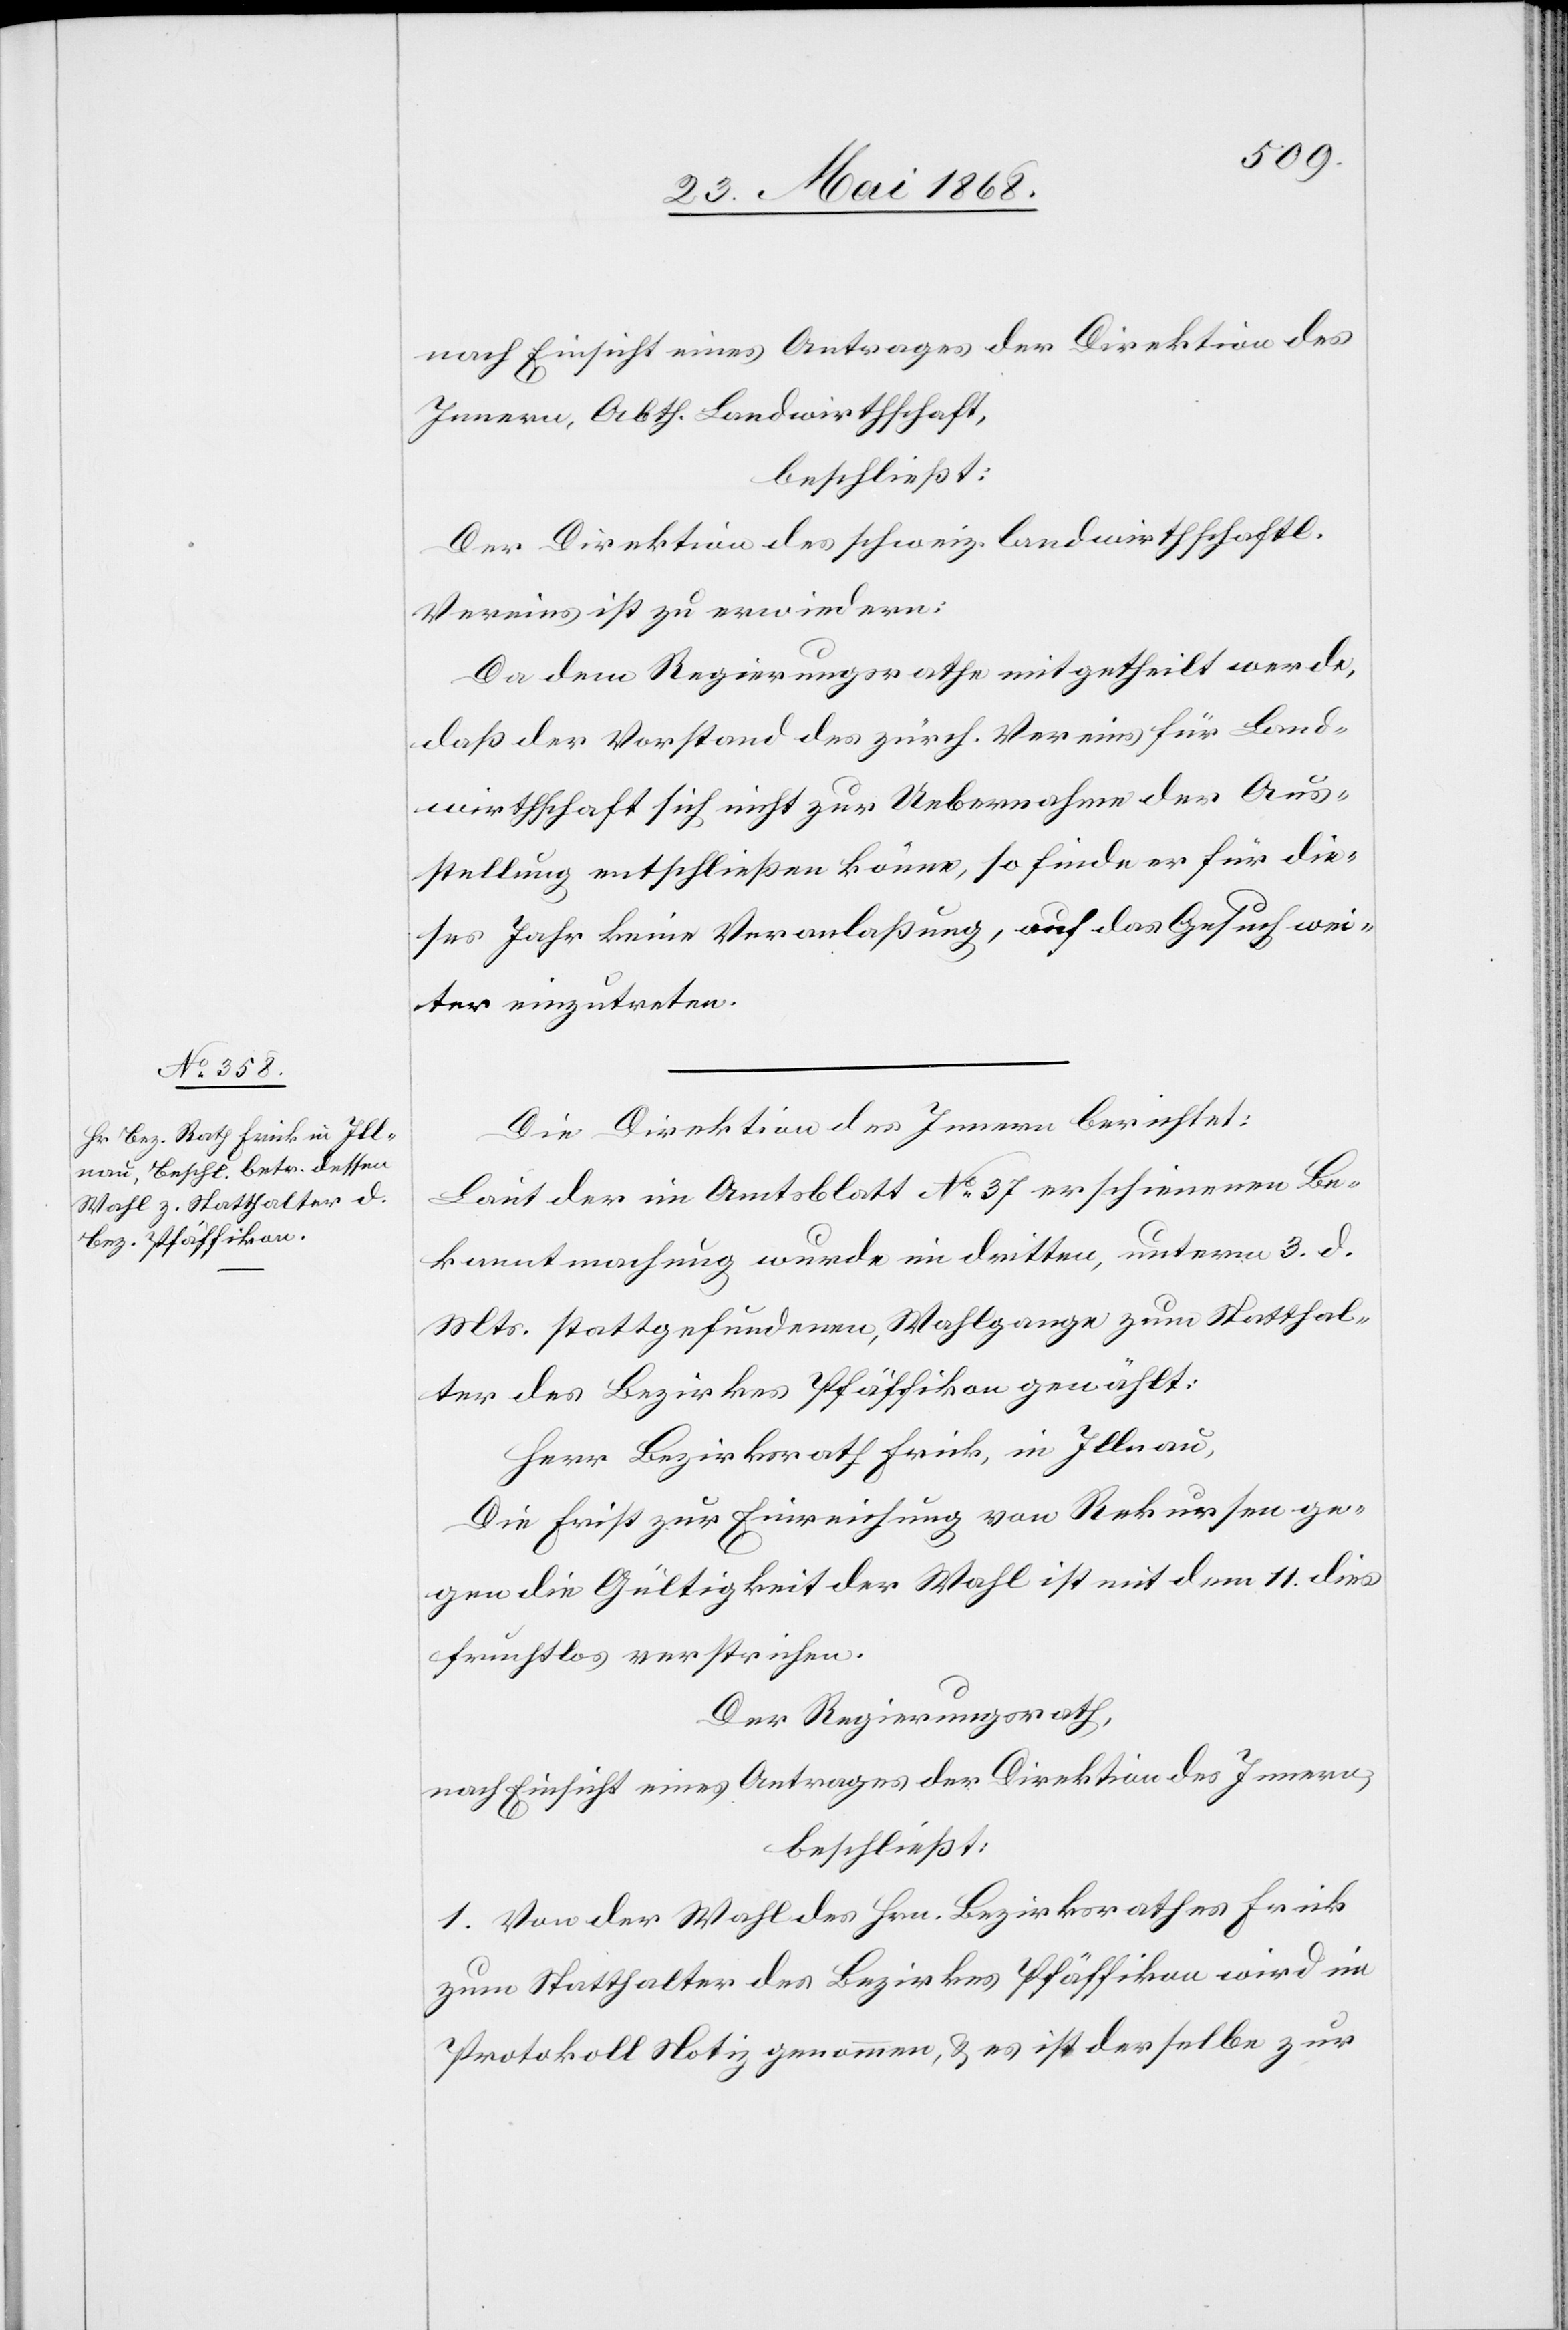
nach Einsicht eines Antrages der Direktion des
Innern, Abth. Landwirthschaft,
beschließt:
Der Direktion des schweiz. landwirthschaftl.
Vereins ist zu erwiedern:
Da dem Regierungsrathe mitgetheilt werde,
daß der Vorstand des zürch. Vereins für Land¬
wirthschaft sich nicht zur Uebernahme der Aus¬
stellung entschließen könne, so finde er für die¬
ses Jahr keine Veranlaßung, auf das Gesuch wei¬
ter einzutreten.
Die Direktion des Innern berichtet:
Laut der im Amtsblatt No. 37 erschienenen Be¬
kanntmachung wurde im dritten, unterm 3. d.
Mts. stattgefundenen, Wahlgange zum Statthal¬
ter des Bezirkes Pfäffikon gewählt:
Herr Bezirksrath Frick, in Illnau,
Die Frist zur Einreichung von Rekursen ge¬
gen die Gültigkeit der Wahl ist mit dem 11. dies
fruchtlos verstrichen.
Der Regierungsrath,
nach Einsicht eines Antrages der Direktion des Innern,
beschließt:
1. Von der Wahl des Hrn. Bezirksrathes Frick
zum Statthalter des Bezirkes Pfäffikon wird im
Protokoll Notiz genommen, & es ist derselbe zur